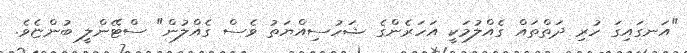
"އަނގައިގަ ހުރި ދަތްތައް ގެއްލުމަކީ އަހަރެންގެ ޝަހުސިއްޔަތު ވެސް ގެއްލުން" ސްޓޭންލީ ބުންޏެވެ.